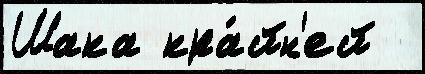
Шака кра́йн'ей